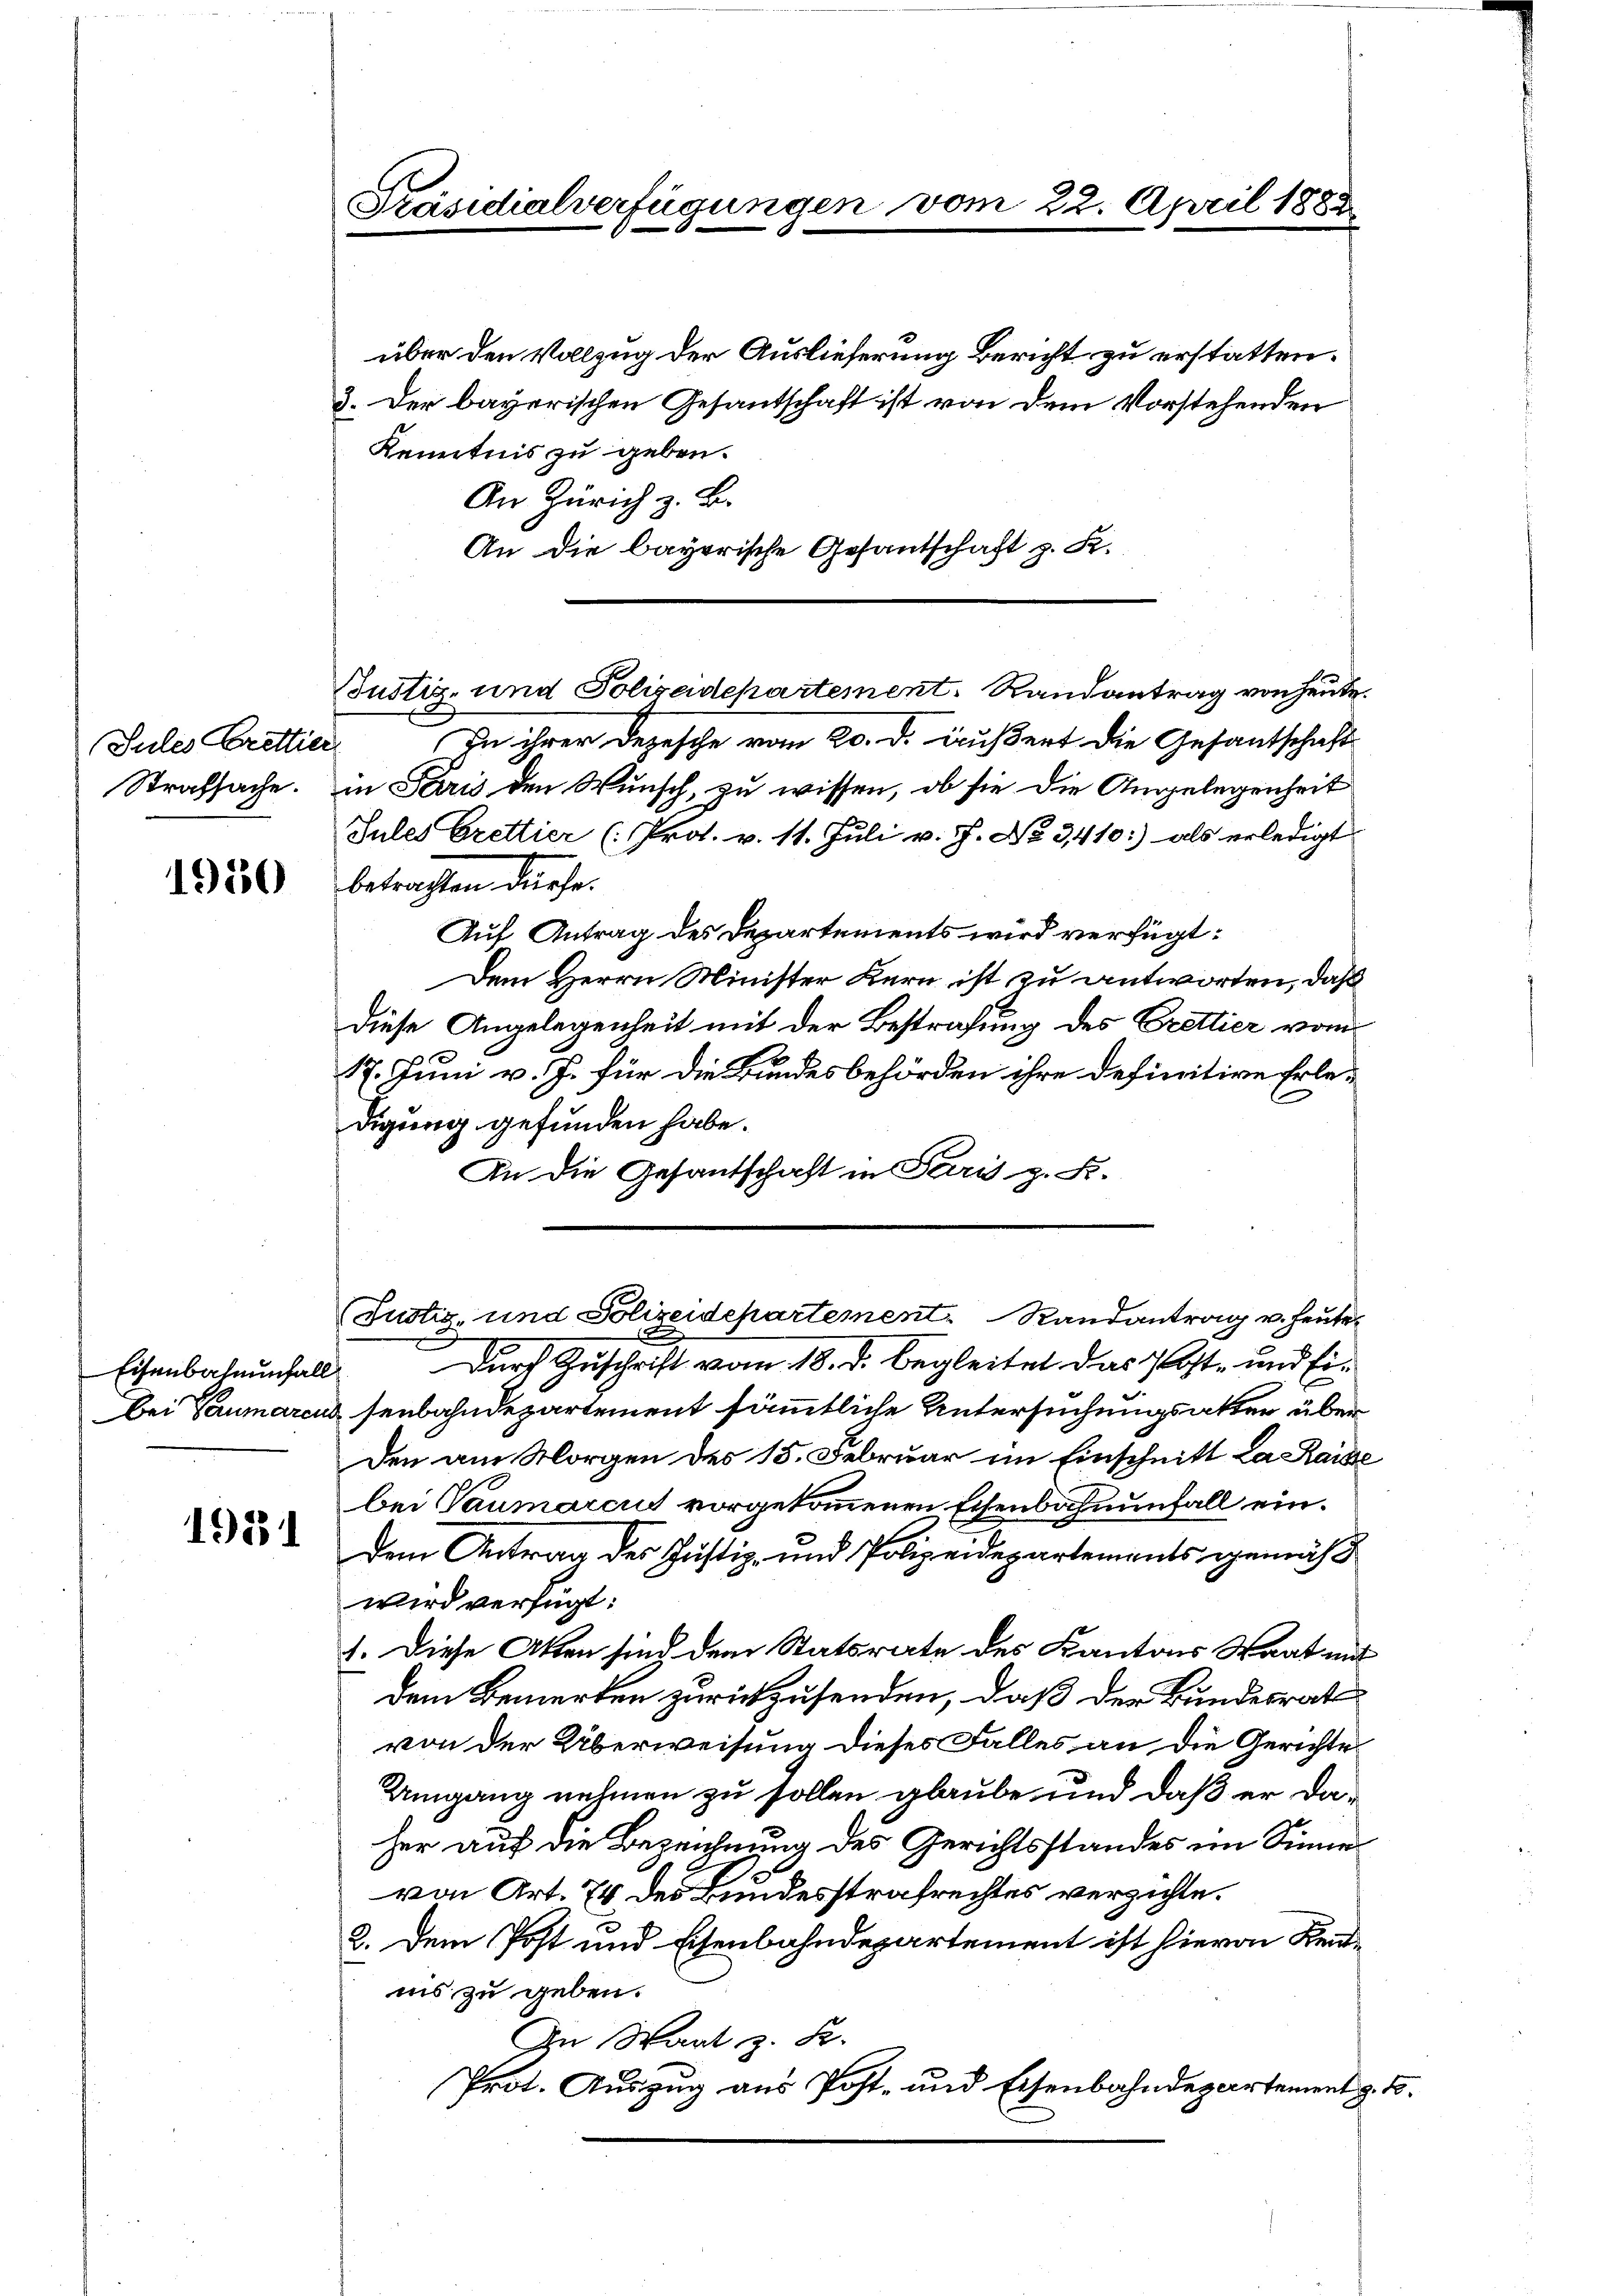
Jules Brettier
Strafsache.

1950

Eisenbahnunfall

1951

über den Vollzug der Auslieferung Bericht zu erstatten.
3. Der bayerischen Gesantschaft ist von dem Vorstehenden
Kenntnis zu geben.
An Zürich z. B.
An die bayerische Gesantschaft z. R.

Präsidialverfügungen vom 22. April 1883

Justiz- und Polizeidepartement. Randantrag von heute.
In ihrer Dezesche vom 20. d. äußert die Gesantschaft
in Paris den Wunsch, zu wissen, ob sie die Angelegenheit
Jules Brettier (: Prot. v. 11. Juli v. J. No 3410:) als erledigt
betrachten dürfe.
Auf Antrag des Departements wird verfügt:
Dem Herrn Minister Kern ist zu antworten, daß
diese Angelegenheit mit der Bestrafung des Erettier vom
17. Juni v. J. für die Bundesbehörden ihre definitive Erledigung gefunden habe.
An die Gesantschaft in Paris z. B.

Durch Zuschrift vom 18. d. begleitet das Post- und Eibei Tumarcus senbahndepartement sämmtliche Untersuchungsakter über
den am Morgen des 15. Februar im Einschnitt da Kaise
bei Vaumarcus vorgekommenen Eisenbahnunfall eindem Antrag des Justiz- und Polizeidepartements gemäß
wird verfügt:
1. Diese Akten sind dem Statsrate des Kantons Staat mit
dem Bemerken zurückzusenden, daß der Bundesrat
von der Überweisung dieses Falles an die Gerichte
Umgang nehmen zu sollen glaube, und daß er daher auf die Bezeichnung des Gerichtsstandes im Sinne
von Art. 74 des Bundesstrafrechtes verzichte.
2. Dem Post und Eisenbahndepartement ist hievon Kennis zu geben.
In Saat z. B.
Prot. Auszug aus Post- und Eisenbahndepartement z. B.

Justiz- und Polizeidepartement Randantrag u. heute.